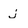
Character: j